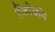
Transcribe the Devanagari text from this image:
टैंकोबाॅन